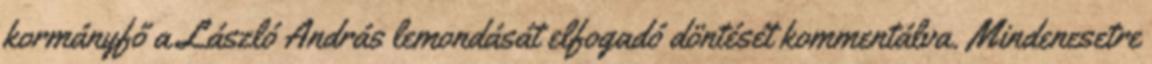
kormányfő a László András lemondását elfogadó döntését kommentálva. Mindenesetre